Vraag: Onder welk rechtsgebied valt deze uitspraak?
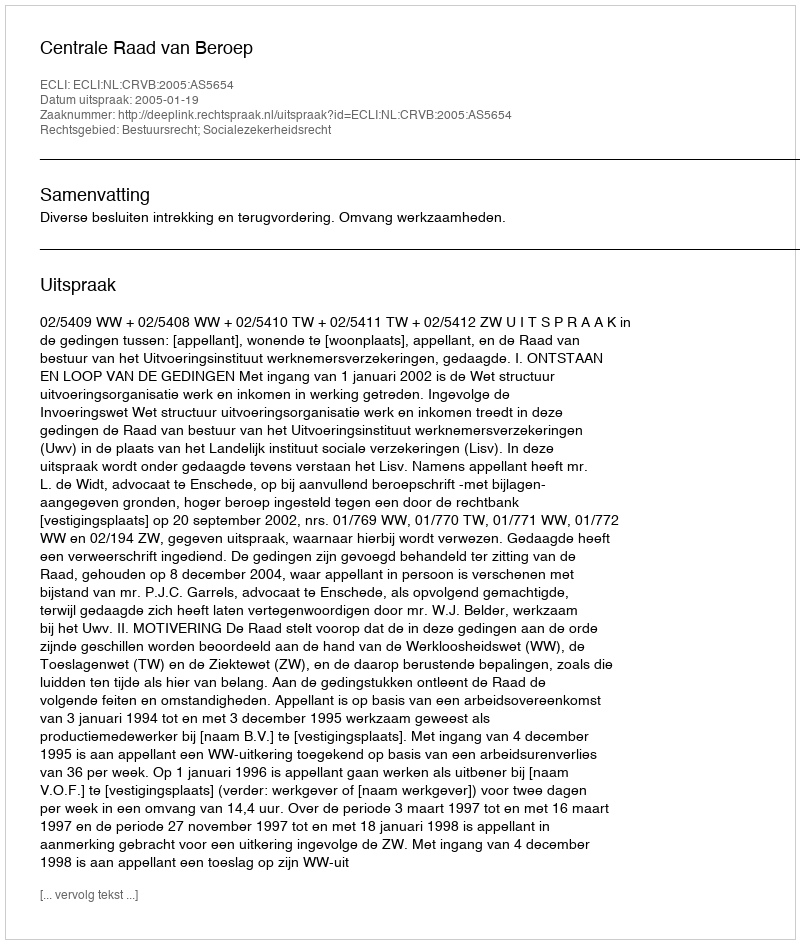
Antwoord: Bestuursrecht; Socialezekerheidsrecht